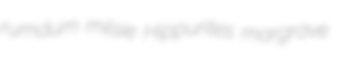
rumdum milsie Hippurites margrave